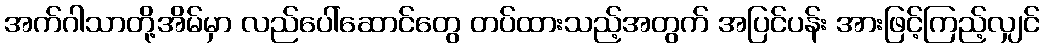
အက်ဂါသာတို့အိမ်မှာ လည်ပေါ်ဆောင်တွေ တပ်ထားသည့်အတွက် အပြင်ပန်း အားဖြင့်ကြည့်လျှင်